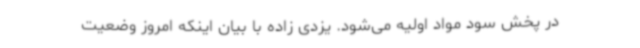
در پخش سود مواد اولیه می‌شود. یزدی زاده با بیان اینکه امروز وضعیت